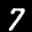
Label: 7